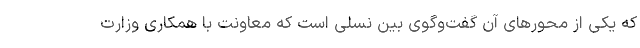
که یکی از محورهای آن گفت‌وگوی بین نسلی است که معاونت با همکاری وزارت